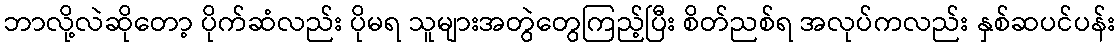
ဘာလို့လဲဆိုတော့ ပိုက်ဆံလည်း ပိုမရ သူများအတွဲတွေကြည့်ပြီး စိတ်ညစ်ရ အလုပ်ကလည်း နှစ်ဆပင်ပန်း